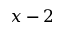
x - 2